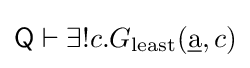
{\mathsf {Q}}\vdash \exists !c.G_{\mathrm {least} }({\underline {\mathrm {a} }},c)